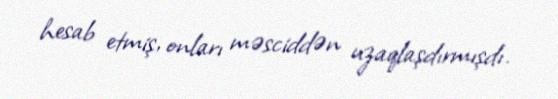
hesab etmiş, onları məsciddən uzaqlaşdırmışdı.